Mental hospitals Bombay report 1929-33 - 1929-1933
Year: 1929
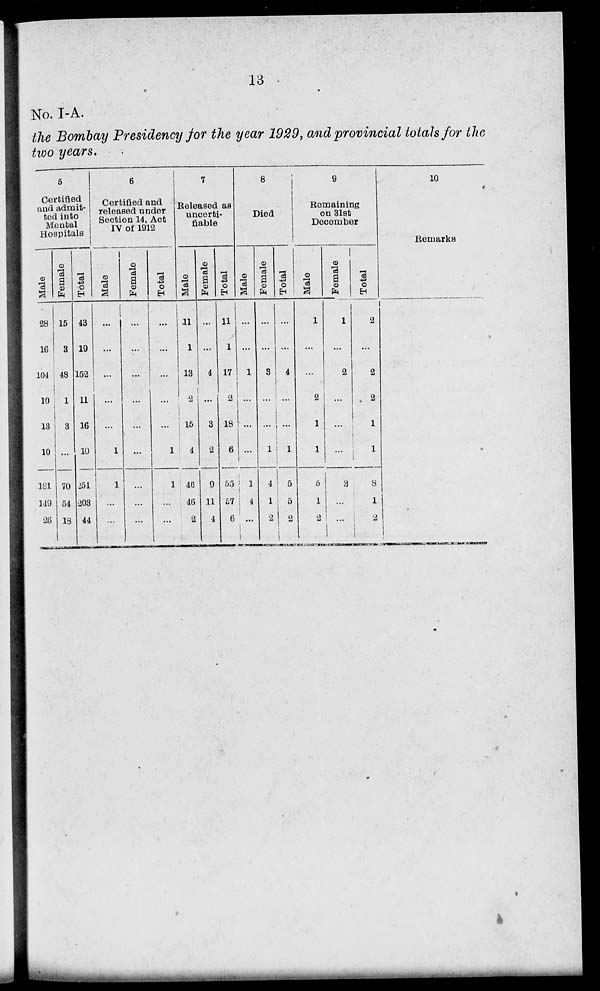
13
No. I-A.
the Bombay Presidency for the year 1929, and provincial totals for the
two years.
5
Certified
and admit-
ted into
Mental
Hospitals
Male
28
16
104
10
13
10
181
149
26
Female
15
3
48
1
3
...
70
54
19
Total
43
19
152
11
16
10
251
203
44
6
Certified and
released under
Section 14, Act
IV of 1912
Male
...
...
...
...
...
1
1
...
...
Female
...
...
...
...
...
...
...
...
...
Total
...
...
...
...
...
1
1
...
...
7
Released as
uncerti-
fiable
Male
11
1
13
2
15
4
46
46
2
Female
...
...
4
...
3
2
9
11
4
Total
11
1
17
2
18
6
55
57
6
8
Died
Male
...
...
1
...
...
...
1
4
...
Female
...
...
3
...
...
1
4
1
2
Total
...
...
4
...
...
1
5
5
2
9
Remaining
on 31st
December
Male
1
...
...
2
1
1
5
1
2
Female
1
...
2
...
...
...
3
...
...
Total
2
...
2
2
1
1
8
1
2
10
Remarks